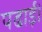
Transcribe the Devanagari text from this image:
पढाई।